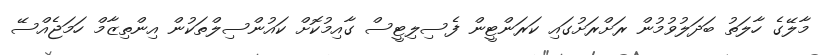
މާލޭގެ ހާލަތު ބަދަލުވުމުން ރަށްރަށުގައި ކަރަންޓީން ފެސިލިޓީސް ގާއިމުކޮށް ކައުންސިލްތަކުން އިންތިޒާމް ހަމަޖެއްސޭ